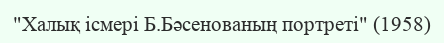
"Халық ісмері Б.Бәсенованың портреті" (1958)